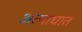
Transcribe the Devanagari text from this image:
अत्याघात